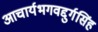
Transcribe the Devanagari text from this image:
आचार्यभगवद्दुर्गसिंह